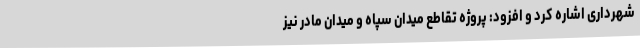
شهرداری اشاره کرد و افزود: پروژه تقاطع میدان سپاه و میدان مادر نیز